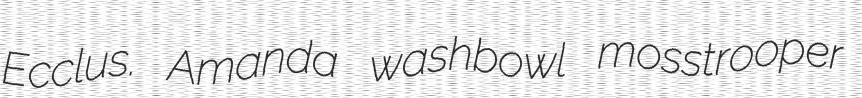
Ecclus. Amanda washbowl mosstrooper